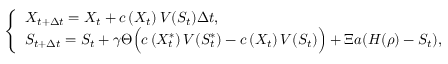
\left\{ \begin{array} { l l } { X _ { t + \Delta { t } } = X _ { t } + c \left( X _ { t } \right) V ( S _ { t } ) \Delta { t } , \qquad } \\ { S _ { t + \Delta { t } } = S _ { t } + \gamma \Theta \Bigl ( c \left( X _ { t } ^ { \ast } \right) V ( S _ { t } ^ { \ast } ) - c \left( X _ { t } \right) V ( S _ { t } ) \Bigr ) + \Xi a ( H ( \rho ) - S _ { t } ) , } \end{array} \right.